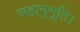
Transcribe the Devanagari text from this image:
सहानुभूति।